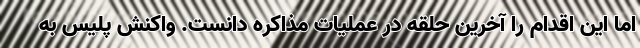
اما این اقدام را آخرین حلقه در عملیات مذاکره دانست. واکنش پلیس به